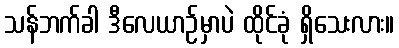
သန်ဘက်ခါ ဒီလေယာဉ်မှာပဲ ထိုင်ခုံ ရှိသေးလား။